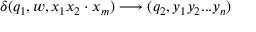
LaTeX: \delta ( q _ { 1 } , w , x _ { 1 } x _ { 2 } \cdot x _ { m } ) \longrightarrow ( q _ { 2 } , y _ { 1 } y _ { 2 } . . . y _ { n } )